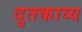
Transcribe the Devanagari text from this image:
दुतकाव्य